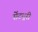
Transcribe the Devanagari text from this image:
सेंटयुरी